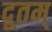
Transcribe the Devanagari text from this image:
दूतम्‌